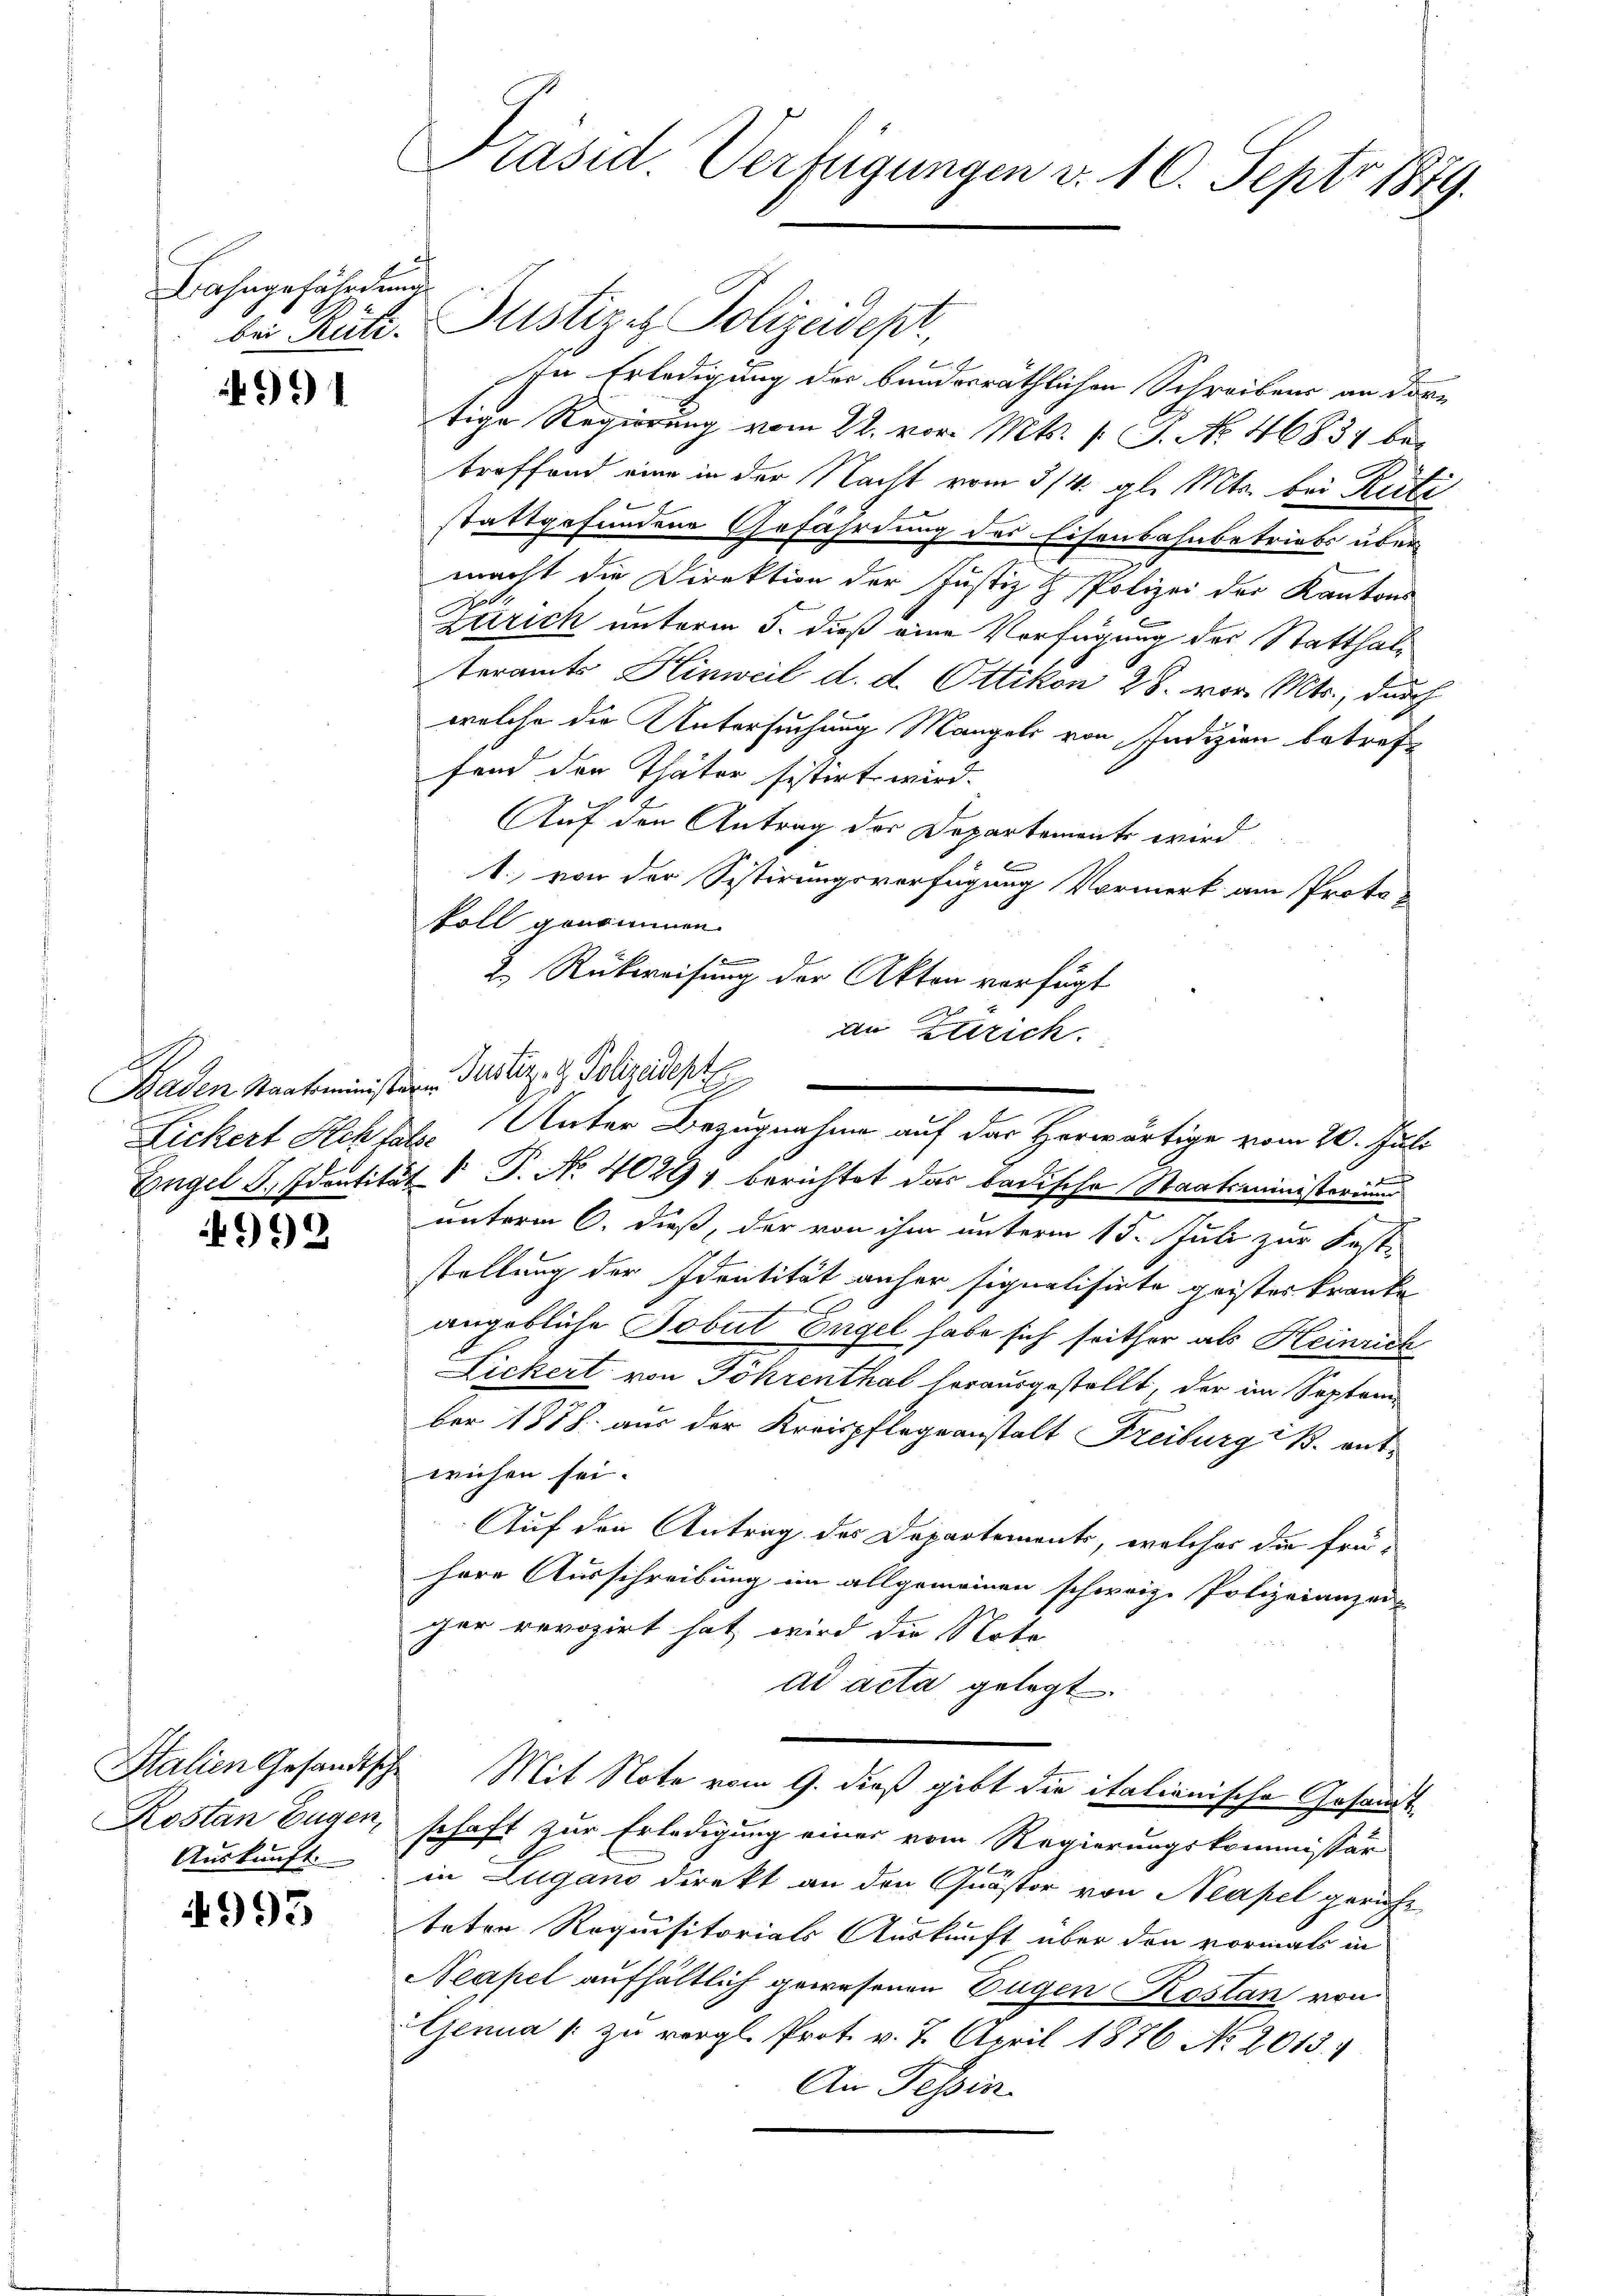
Bahngefährdung

991

Baden Staatsminister Justiz- & Polizeidept

992.

Kostan Eugen,
Auskunft.

4993

Präsid. Verfügungen d. 10. Septo 1879.

bei Rüti- Justiges Polizeidept,

In Erledigung der bundesräthlichen Schreibens an dere
tige Regierung vom 22. vor. Mts. v. J. No. 46834 be-
treffend eine in der Nacht vom 3/4. gl. Mts. bei Reite
stattgefundene Gefährdung des Eisenbahnbetriebs übermacht die Direktion der Justiz & Polizei der Kantons
Zürich unterm 5. dieß eine Verfügung des Statthalteramts Hinweil d. d. Ottikon 28. vor. Mts., durch
welche die Untersuchung Mangels von Indizion betreffend der Thäter sistirt wird.
Auf den Antrag der Departements wird
1. von der Sistirungsverfügung Vormerk am Proto-
koll genommen.
t
2. Rückweisung der Akten verfügt
an Errich.
Lickert Ich hat. Unter Bezugnahme auf das Herwärtige vom 20. Juli
Engel S. Identität  P. Nr. 4029, berichtet das badische Staatsministerium
unterm 6. dieß, der von ihm unterm 15. Juli zur Fest-
stellung der Identität anher signalisirte geister kranke
C
angebliche Tobut Engel habe sich seither als Heinrich
Lickert von Föhrenthal herausgestellt, der im Septem
ber 1878. aus der Kreispflegeanstalt Freiburg B. entwiesen sei.
Auf den Antrag des Departements, welches die frü-
Herr Ausschreibung im allgemeinen schweiz. Polizeianzei-
ger revozirt hat, wird die Nota
ad acta gelegt.
Stalien Gesandtsche Mit Note vom 9. dieß gibt die italianische Gesandtschaft zur Erledigung einer vom Regierungskommissär
in Zugano direkt an den Quästor von Neapel gericht
teten Requisitorials Auskunft über den vormals in
Neapel aufhältlich gewesenen Eugen Kostan von
Genua u. zu vergl. Prot. v. 7. April 1876 No 2013.
An Tessin.